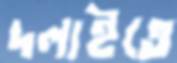
দলাইতে